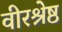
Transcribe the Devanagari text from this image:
वीरश्रेष्ठ